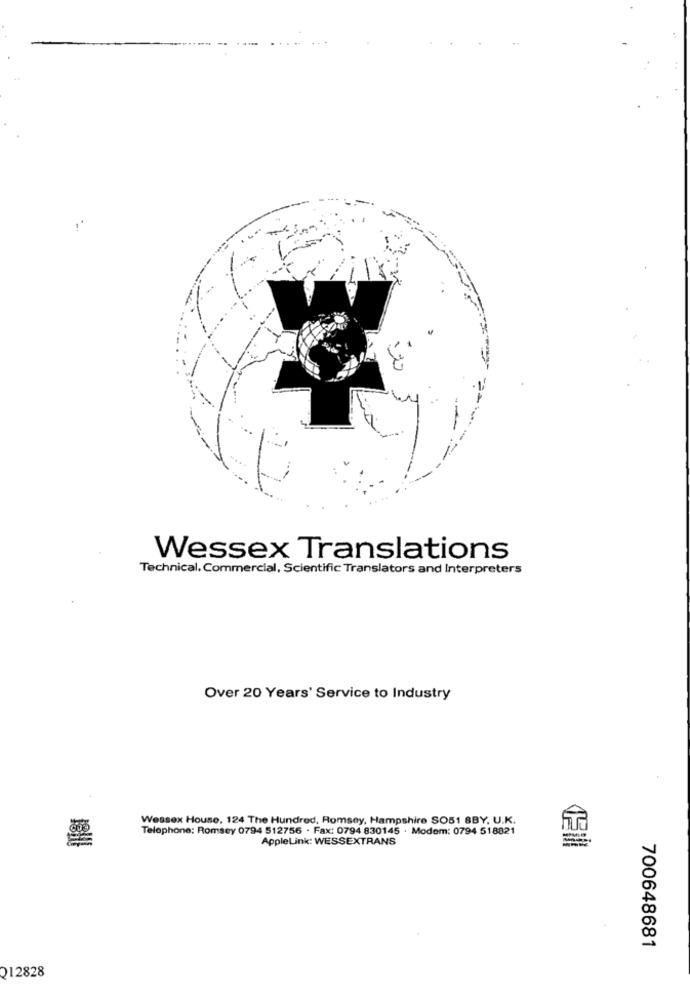
Wessex Translations
Technical, Commercial, Scientific Translators and Interpreters
Over 20 Years' Service to Industry
Wessex House, 124 The Hundred, Romsey, Hampshire SO51 8BY. U.K.
Telephone: Romsey 0794 512756 - Fax: 0794 830145 . Modem: 0794 518821
AppleLink: WESSEXTRANS
700648681
212828